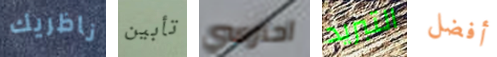
ناظريك تأبين احترسي التبريد أفضل